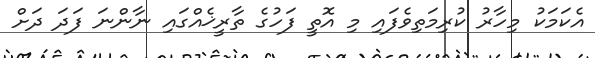
އެކަމަކު މިހާރު ކުރިމަތިވެފައި މި އޮތީ ފަހުގެ ތާރީޚެއްގައި ނާންނަ ފަދަ ދަށް